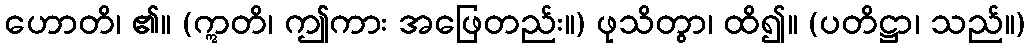
ဟောတိ၊ ၏။ (ဣတိ၊ ဤကား အဖြေတည်း။) ဖုသိတွာ၊ ထိ၍။ (ပတိဋ္ဌာ၊ သည်။)